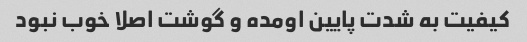
کیفیت به شدت پایین اومده و گوشت اصلا خوب نبود